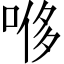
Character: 𫪥